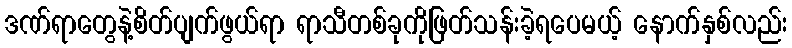
ဒဏ်ရာတွေနဲ့စိတ်ပျက်ဖွယ်ရာ ရာသီတစ်ခုကိုဖြတ်သန်းခဲ့ရပေမယ့် နောက်နှစ်လည်း